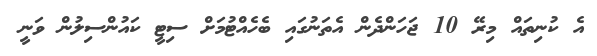
އެ ކުނިތައް މިރޭ 10 ޖަހަންދެން އެތަނުގައި ބެހެއްޓުމަށް ސިޓީ ކައުންސިލުން ވަނީ